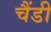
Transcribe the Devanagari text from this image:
चैंडी